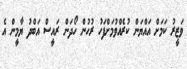
ވަޒީރު ކަމަށް އައްޔަން ކުރެއްވުމަށްފަހު ރުހުން ހޯދަން ރައީސް އަބްދު ޔާމީން އެ